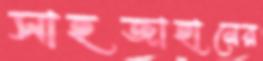
সাহজাহানের